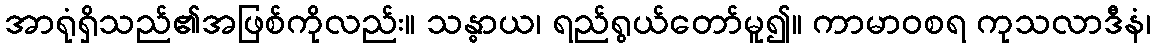
အာရုံရှိသည်၏အဖြစ်ကိုလည်း။ သန္ဓာယ၊ ရည်ရွယ်တော်မူ၍။ ကာမာဝစရ ကုသလာဒီနံ၊